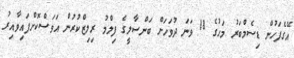
އޭގެފަހުން ޑިސެމްބަރު މަހުގެ 18 ވަނަ ދުވަހަށް ބަންސާލީގެ ފިލްމު ރިލިޒްކުރުން އަވަސްކޮށްފައިވާއިރު